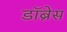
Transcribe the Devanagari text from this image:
डॉब्रेस